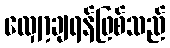
လျှော့ချရန်ဖြစ်သည်